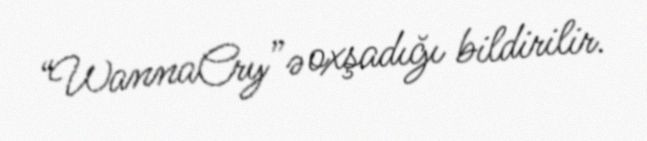
“WannaCry”ə oxşadığı bildirilir.